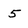
Character: 5